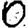
Digit: 0